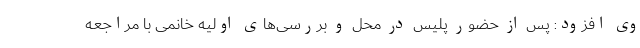
وی افزود: پس از حضور پلیس در محل و بررسی‌های اولیه خانمی با مراجعه